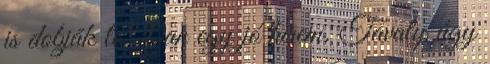
is dobják le Van egy jó hírem. Tavaly úgy